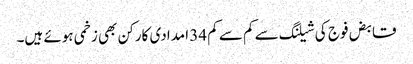
قابض فوج کی شیلنگ سے کم سے کم 34 امدادی کارکن بھی زخمی ہوئے ہیں۔